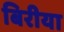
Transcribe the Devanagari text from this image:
बिरीया